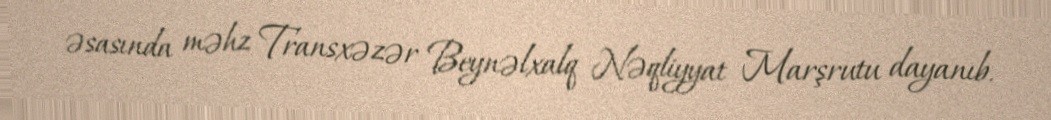
əsasında məhz Transxəzər Beynəlxalq Nəqliyyat Marşrutu dayanıb.